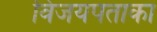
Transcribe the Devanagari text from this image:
विजयपताका